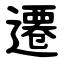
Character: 遷